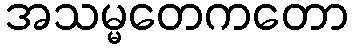
အသမ္မတေကတော